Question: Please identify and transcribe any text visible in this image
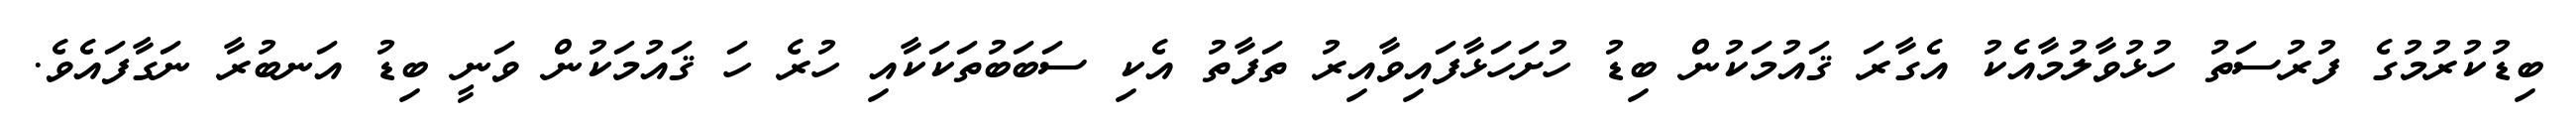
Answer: ބިޑުކުރުމުގެ ފުރުސަތު ހުޅުވާލުމާއެކު އެގާރަ ޤައުމަކުން ބިޑު ހުށަހަޅާފައިވާއިރު ތަފާތު އެކި ސަބަބުތަކަކާއި ހުރެ ހަ ޤައުމަކުން ވަނީ ބިޑު އަނބުރާ ނަގާފައެވެ.